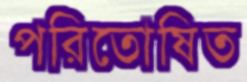
পরিতোষিত